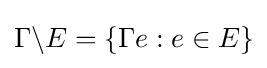
\Gamma \backslash E=\{\Gamma e:e\in E\}